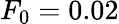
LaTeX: F_{0}=0.02